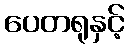
ပေတရုနှင့်